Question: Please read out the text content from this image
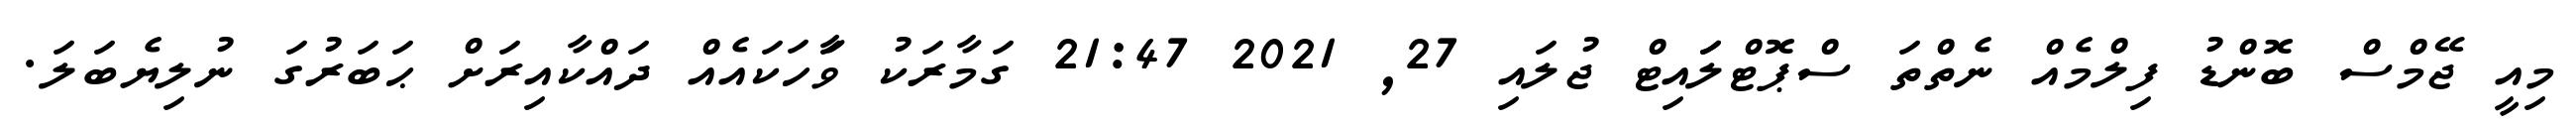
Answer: މިއީ ޖޭމްސް ބޮންޑު ފިލްމެއް ނެތްތަ ސްޕޮޓްލަައިޓް ޖުލައި 27, 2021 21:47 ގަމާރަކު ވާަހަކައެއް ދައްކާއިރަށް ޙަބަރުގަ ނުލިޔެބަލަ.